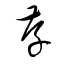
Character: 存